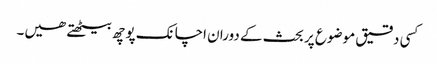
کسی دقیق موضوع پر بحث کے دوران اچانک پوچھ بیٹھتے ھیں۔